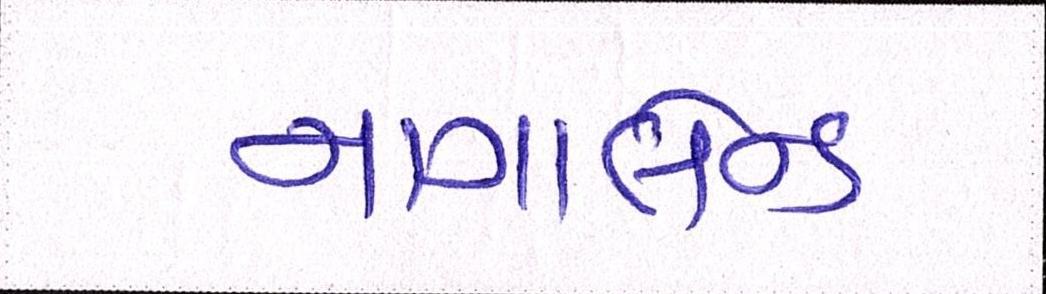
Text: નાગાલેન્ડ